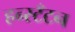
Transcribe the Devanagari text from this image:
हन्स्टँटन